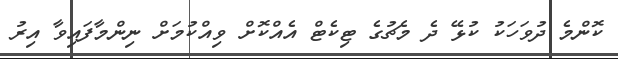
ކޮންމެ ދުވަހަކު ކުޅޭ ދެ މެޗުގެ ޓިކެޓް އެއްކޮށް ވިއްކުމަށް ނިންމާފައިވާ އިރު